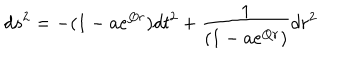
LaTeX: d s ^ { 2 } = - ( 1 - a e ^ { Q r } ) d t ^ { 2 } + \frac { 1 } { ( 1 - a e ^ { Q r } ) } d r ^ { 2 }